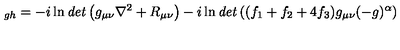
_ { g h } = - i \ln { \it d e t } \left( g _ { \mu \nu } \nabla ^ { 2 } + R _ { \mu \nu } \right) - i \ln { \it d e t } \left( ( f _ { 1 } + f _ { 2 } + 4 f _ { 3 } ) g _ { \mu \nu } ( - g ) ^ { \alpha } \right)